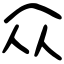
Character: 众